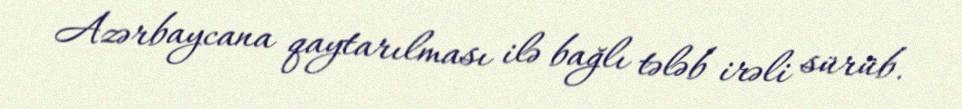
Azərbaycana qaytarılması ilə bağlı tələb irəli sürüb.